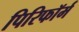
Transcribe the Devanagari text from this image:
पिरिफॉर्म